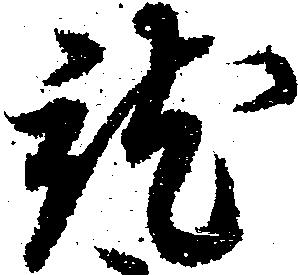
就